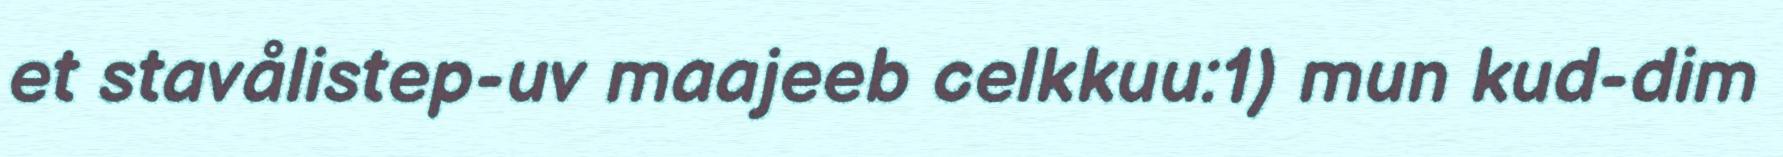
et stavålistep-uv maajeeb celkkuu:1) mun kud-dim